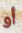
أو